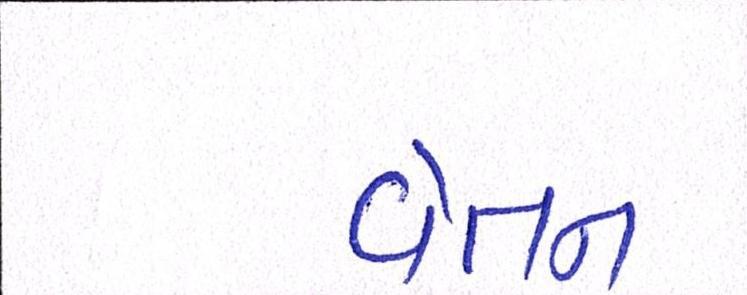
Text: વેતન